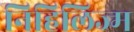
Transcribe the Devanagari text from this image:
निहिलिज्म